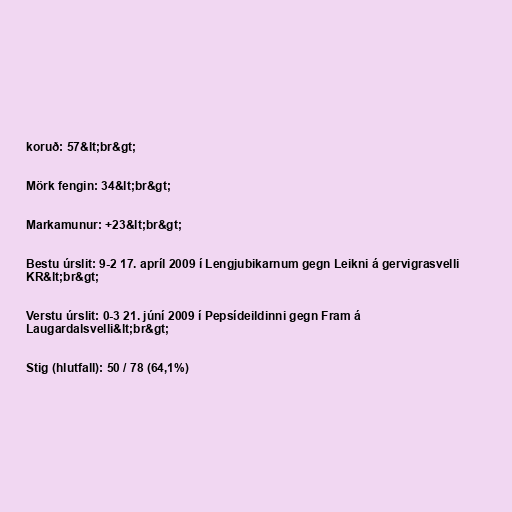
koruð: 57&lt;br&gt;

Mörk fengin: 34&lt;br&gt;

Markamunur: +23&lt;br&gt;

Bestu úrslit: 9-2 17. apríl 2009 í Lengjubikarnum gegn Leikni á gervigrasvelli
KR&lt;br&gt;

Verstu úrslit: 0-3 21. júní 2009 í Pepsídeildinni gegn Fram á
Laugardalsvelli&lt;br&gt;

Stig (hlutfall): 50 / 78 (64,1%)